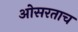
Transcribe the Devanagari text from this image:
ओसरताच